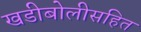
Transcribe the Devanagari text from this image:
खडीबोलीसहित